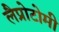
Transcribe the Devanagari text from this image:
लैप्रोटोमी